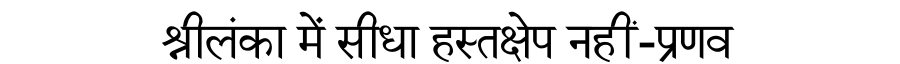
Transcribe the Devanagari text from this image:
श्रीलंका में सीधा हस्तक्षेप नहीं-प्रणव